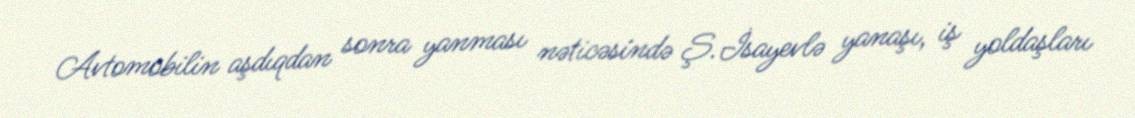
Avtomobilin aşdıqdan sonra yanması nəticəsində Ş.İsayevlə yanaşı, iş yoldaşları